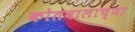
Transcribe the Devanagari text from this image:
कोतवालाच्या